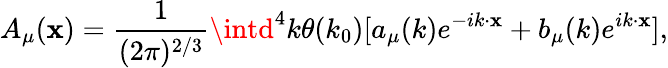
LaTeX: A_{\mu}(\mathbf{x})=\frac{{1}}{{(2\pi)^{2/3}}}\intd^{4}k\theta(k_{0}){[a_{\mu}(k)e^{-ik\cdot\mathbf{x}}+b_{\mu}(k)e^{ik\cdot\mathbf{x}}]},